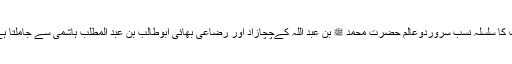
آپ کا سلسلہ نسب سروردوعالم حضرت محمد ﷺ بن عبد اللہ کےچچازاد اور رضاعی بھائی ابوطالب بن عبد المطلب ہاشمی سے جاملتا ہے۔